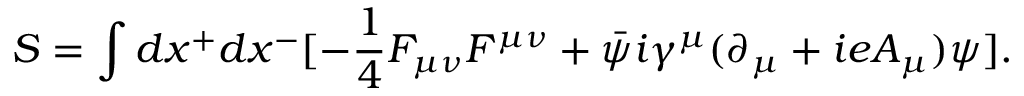
{ \cal S } = \int d x ^ { + } d x ^ { - } [ - { \frac { 1 } { 4 } } F _ { \mu \nu } F ^ { \mu \nu } + \bar { \psi } i \gamma ^ { \mu } ( \partial _ { \mu } + i e A _ { \mu } ) \psi ] .